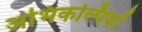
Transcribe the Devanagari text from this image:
अभिकल्पियों